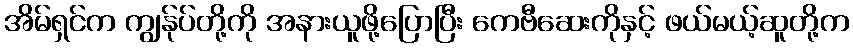
အိမ်ရှင်က ကျွန်ုပ်တို့ကို အနားယူဖို့ပြောပြီး ကေဗီဆေးကိုနှင့် ဖယ်မယ့်ဆူတို့က